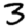
Digit: 3